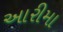
આરીમા